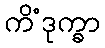
ကိံဒုက္ခာ